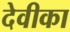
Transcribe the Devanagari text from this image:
देवीका